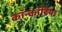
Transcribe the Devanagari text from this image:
कॉन्कॉर्डिया